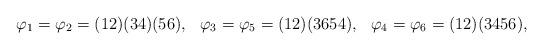
LaTeX: \begin{align*}\varphi_1=\varphi_2=(12)(34)(56),&&\varphi_3=\varphi_5=(12)(3654),&&\varphi_4=\varphi_6=(12)(3456),\end{align*}